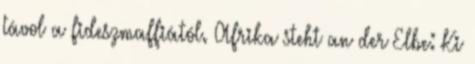
távol a fideszmaffiától. Afrika steht an der Elbe: Ki